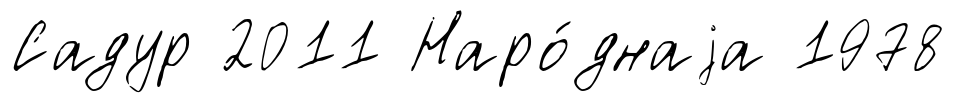
Садур 2011 Наро́днаjа 1978